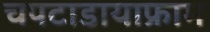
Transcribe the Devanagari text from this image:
चपटाडायाफ्राम